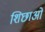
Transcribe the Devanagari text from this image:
शिछाओं